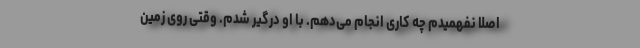
اصلاً نفهمیدم چه کاری انجام می‌دهم. با او درگیر شدم. وقتی روی زمین